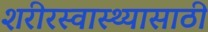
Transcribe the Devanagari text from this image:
शरीरस्वास्थ्यासाठी